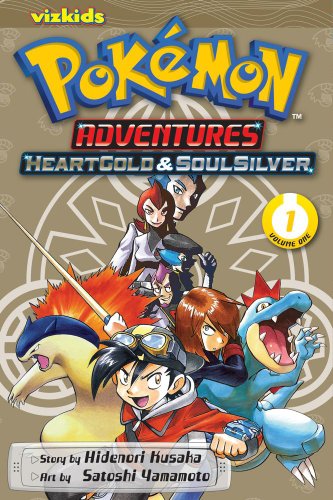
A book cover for PokÃ©mon Adventures: Heart Gold & Soul Silver, Vol. 1; Hidenori Kusaka; Comics & Graphic Novels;